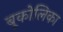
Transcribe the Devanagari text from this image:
बूकोलिका